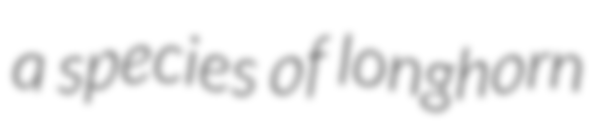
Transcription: a species of longhorn